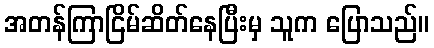
အတန်ကြာငြိမ်ဆိတ်နေပြီးမှ သူက ပြောသည်။